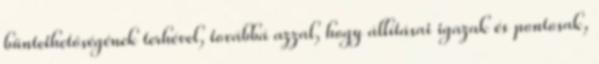
büntethetőségének terhével, továbbá azzal, hogy állításai igazak és pontosak,